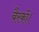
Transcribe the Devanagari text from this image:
बैरकों।